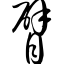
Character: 臂